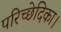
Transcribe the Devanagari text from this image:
परिच्छेदिका।